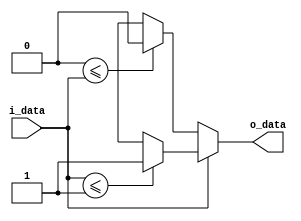
module saturation
#(parameter N=1, K=1)(
input signed [N-1:0] i_data,
output reg signed [K-1:0] o_data);//k is smaller than N

reg signed max = {1'b0,{(N-K){1'b0}},{(K-1){1'b1}}};//max
reg signed min = {1'b1,{(N-K){1'b1}},{(K-1){1'b0}}}; //min

always @(*) begin //{K{1'b1}} fill 1bit until K_bit.
	if(i_data[N-1]==0) begin //positive input
		if({1'b0,{(K-1){1'b1}}}<=i_data) begin //여기는 bit수를 맞추지 않더라도 괜찮고, 오히려 안쓰는게 compact하게 design 가능하다..
			o_data={1'b0,{(K-1){1'b1}}};
			end
		else begin
			o_data={i_data[N-1],i_data[K-2:0]};
			end
		end
	else begin
		if(i_data<={1'b1,{(N-K){1'b1}},{(K-1){1'b0}}}) begin //연산을 할때 bit수를 맞춰주는 것이 좋다..안맞게 되면 넘어가는 비트 무시한다.
			//when ALU, it is better meet number of bits. unless that, it don't care over_bit.
			o_data={1'b1,{(K-1){1'b0}}};
			end
		else begin
			o_data={i_data[N-1],i_data[K-2:0]};
			end
		end
	end


/*
always @(*) begin //{K{1'b1}} fill 1bit until K_bit.
	if(max<=i_data) begin
		o_data=max;
		end
	else if(i_data<=min) begin
		o_data=min;
		end
	else begin
		o_data={i_data[N-1],i_data[K-2:0]};
		end
	end
*/
endmodule